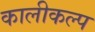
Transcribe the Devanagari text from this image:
कालीकल्प